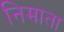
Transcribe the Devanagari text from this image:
निमाता